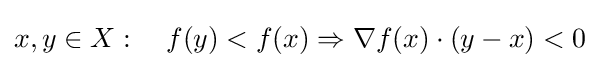
x,y\in X:\quad f(y)<f(x)\Rightarrow \nabla f(x)\cdot (y-x)<0